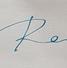
Signature authenticity: forged